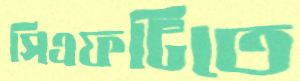
সিএফটিতে